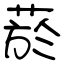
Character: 菸